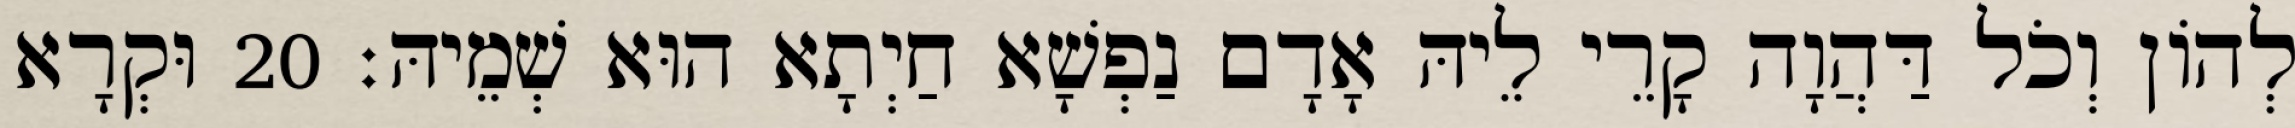
לְהוֹן וְכֹל דַּהֲוָה קָרֵי לֵיהּ אָדָם נַפְשָׁא חַיְתָא הוּא שְׁמֵיהּ׃ 20 וּקְרָא